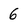
Character: 6